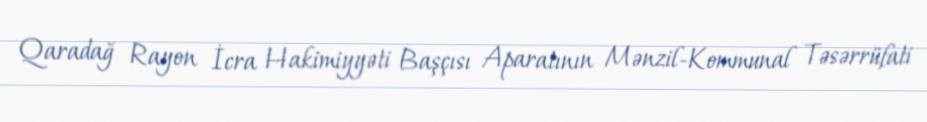
Qaradağ Rayon İcra Hakimiyyəti Başçısı Aparatının Mənzil-Kommunal Təsərrüfati